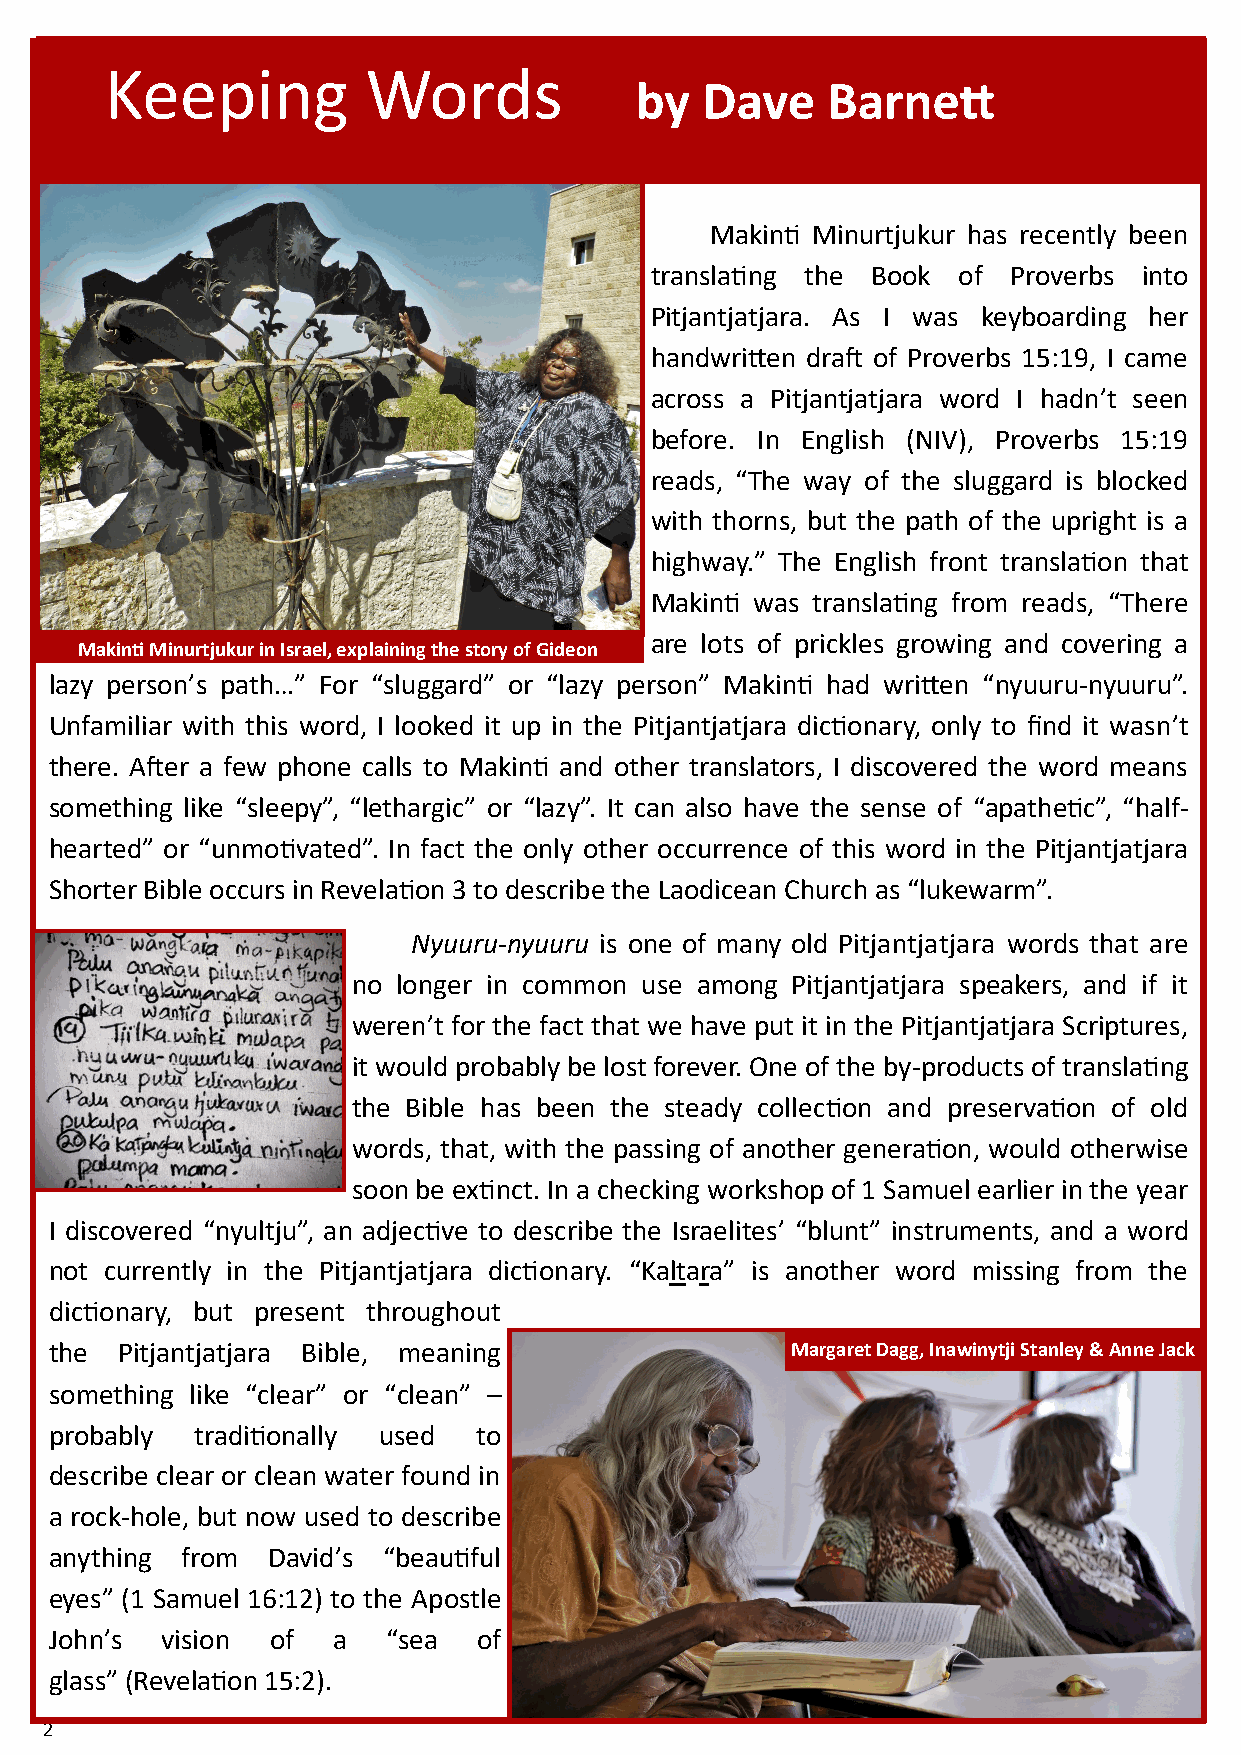
Keeping          Words
 by  Dave     Barnett
 Makinti Minurtjukur has recently been
 translating the Book of Proverbs into
 Pitjantjatjara. As I was keyboarding her
 handwritten draft of Proverbs 15:19, I came
 across a Pitjantjatjara word I hadn’t seen
 before. In English (NIV), Proverbs 15:19
 reads, “The way of the sluggard is blocked
 with thorns, but the path of the upright is a
 highway.” The English front translation that
 Makinti was translating from reads, “There
 are lots of prickles growing and covering a
 Makinti Minurtjukur in Israel, explaining the story of Gideon
 lazy person’s path…” For “sluggard” or “lazy person” Makinti had written “nyuuru-nyuuru”.
 Unfamiliar with this word, I looked it up in the Pitjantjatjara dictionary, only to find it wasn’t
 there. After a few phone calls to Makinti and other translators, I discovered the word means
 something like “sleepy”, “lethargic” or “lazy”. It can also have the sense of “apathetic”, “half-
 hearted” or “unmotivated”. In fact the only other occurrence of this word in the Pitjantjatjara
 Shorter Bible occurs in Revelation 3 to describe the Laodicean Church as “lukewarm”.
 Nyuuru-nyuuru is one of many old Pitjantjatjara words that are
 no longer in common use among Pitjantjatjara speakers, and if it
 weren’t for the fact that we have put it in the Pitjantjatjara Scriptures,
 it would probably be lost forever. One of the by-products of translating
 the Bible has been the steady collection and preservation of old
 words, that, with the passing of another generation, would otherwise
 soon be extinct. In a checking workshop of 1 Samuel earlier in the year
 I discovered “nyultju”, an adjective to describe the Israelites’ “blunt” instruments, and a word
 not currently in the Pitjantjatjara dictionary. “Kaltara” is another word missing from the
 dictionary, but present throughout
 the  Pitjantjatjara Bible, meaning               Margaret Dagg, Inawinytji Stanley & Anne Jack
 something like “clear” or “clean” –
 probably  traditionally used to
 describe clear or clean water found in
 a rock-hole, but now used to describe
 anything from  David’s “beautiful
 eyes” (1 Samuel 16:12) to the Apostle
 John’s  vision of  a   “sea  of
 glass” (Revelation 15:2).
 2